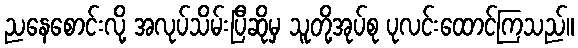
ညနေစောင်းလို့ အလုပ်သိမ်းပြီဆိုမှ သူတို့အုပ်စု ပုလင်းထောင်ကြသည်။